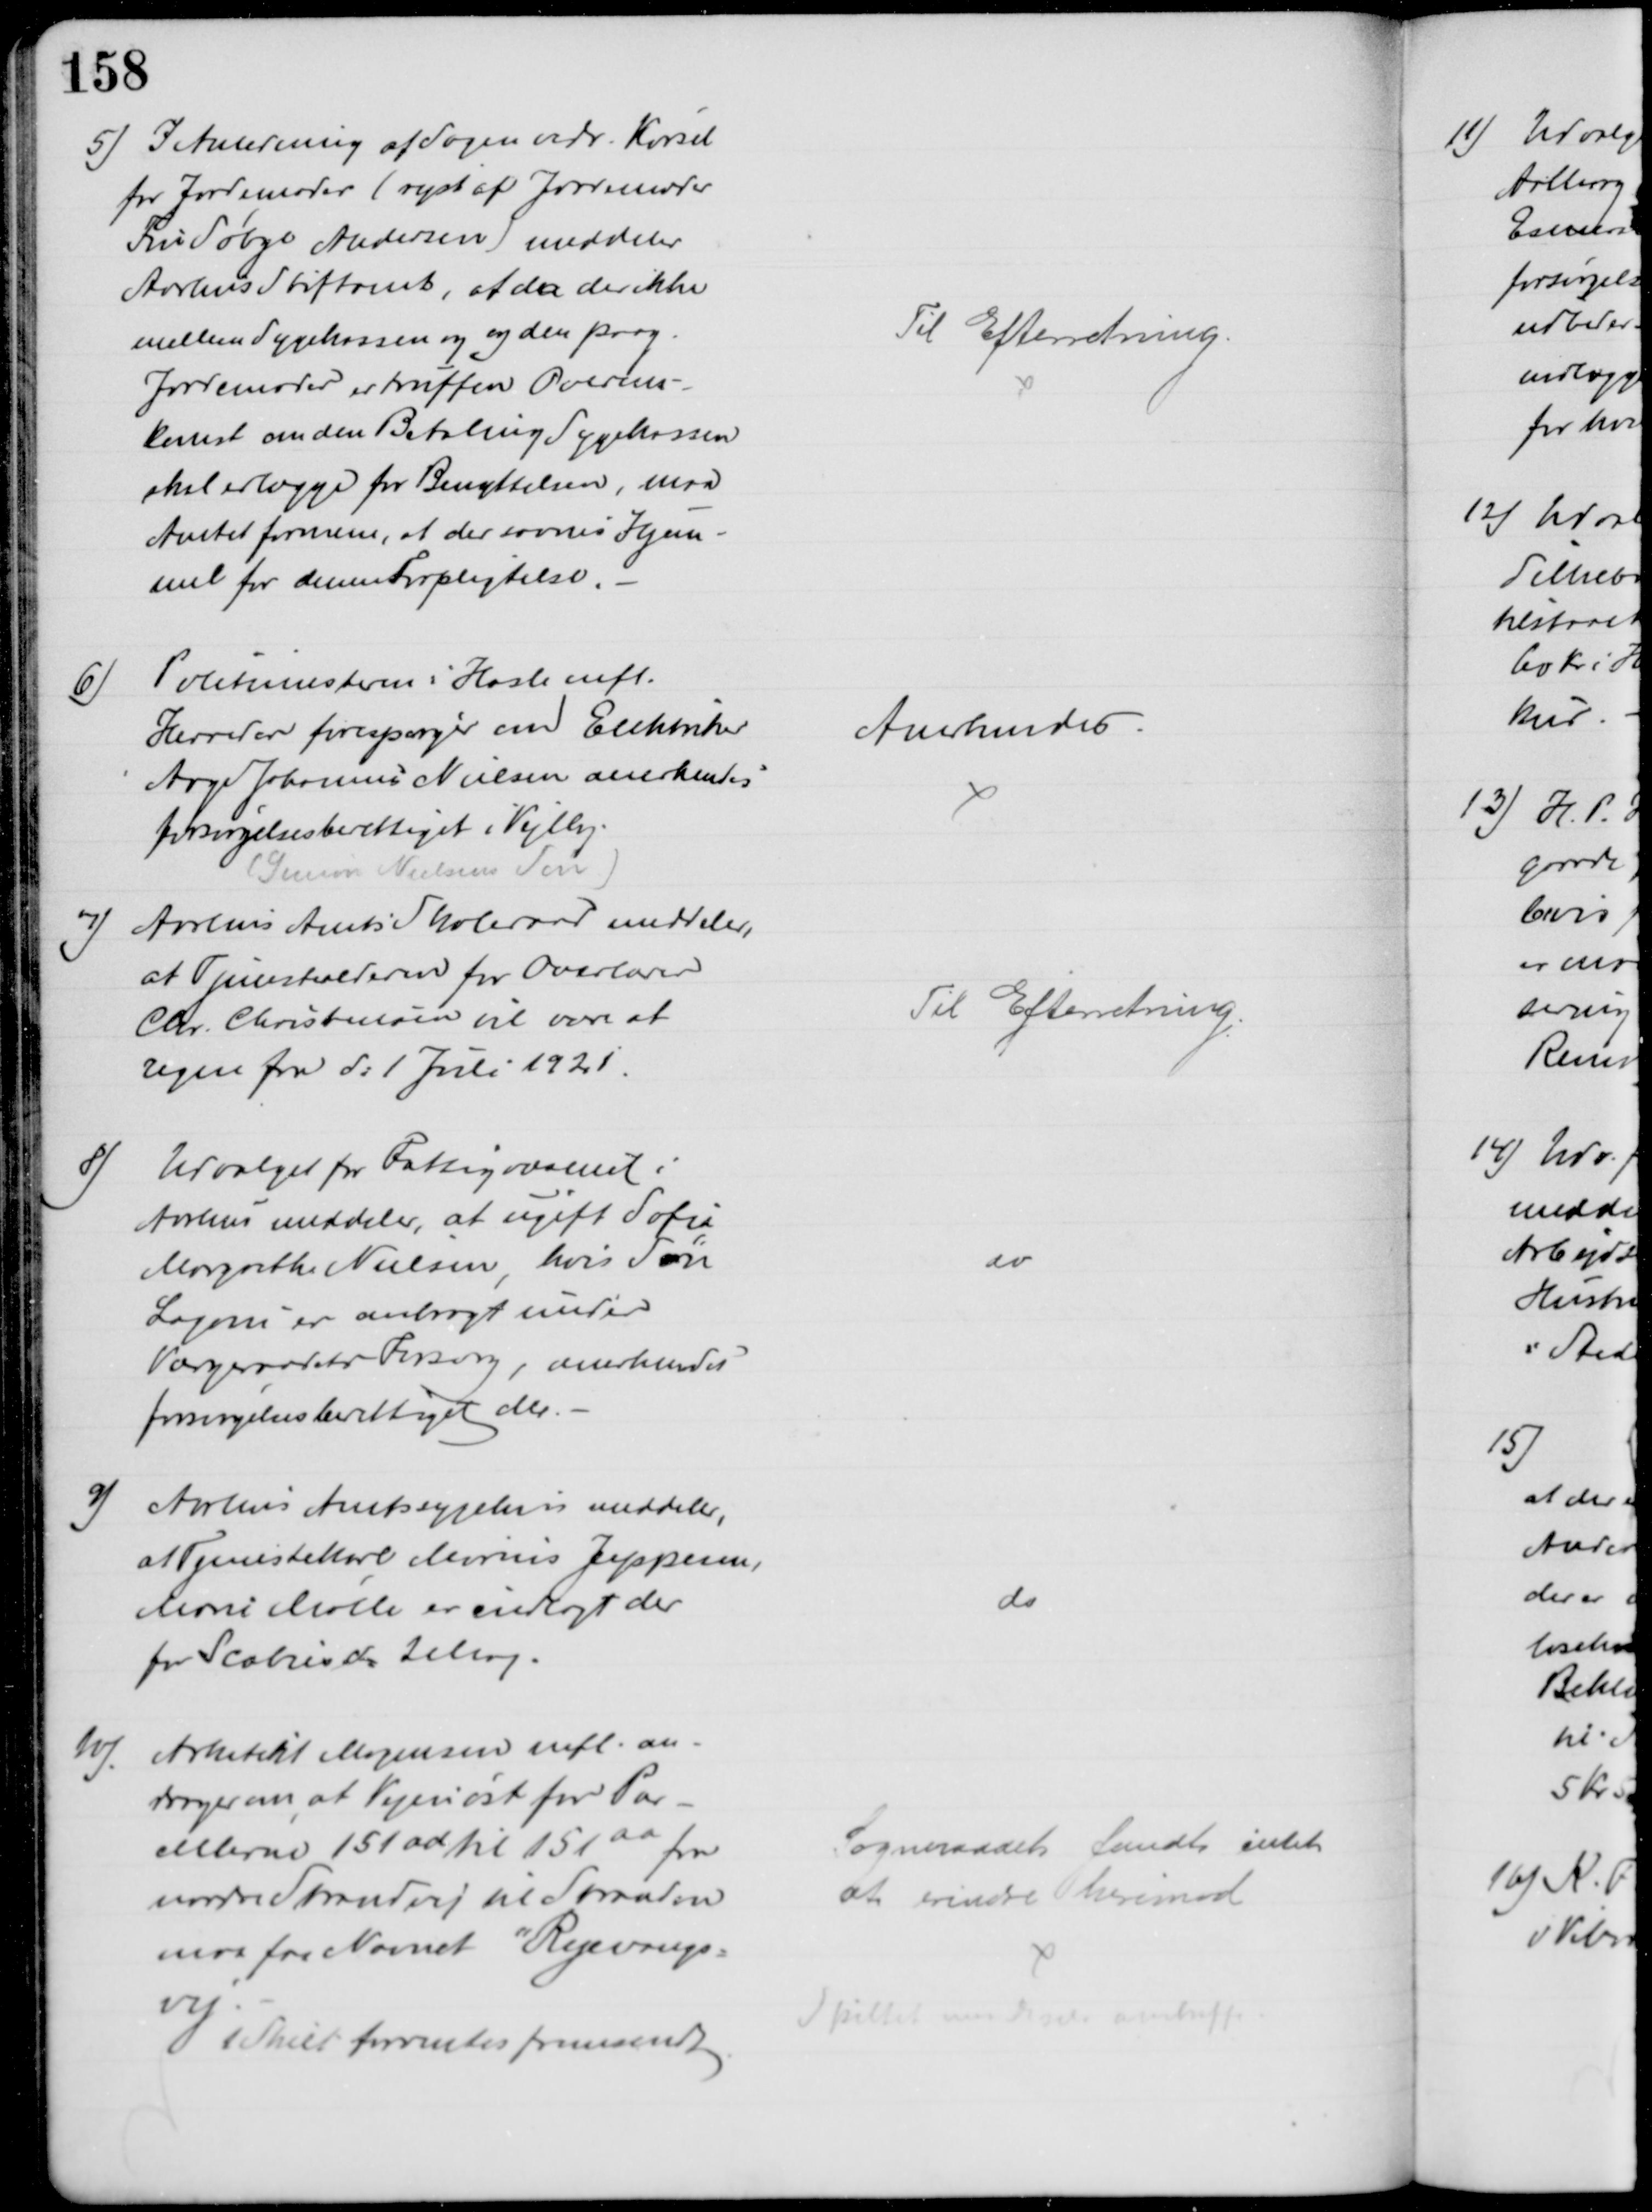
Transskription:
5) I Anledning af Sagen vedr. Kørsel
for Jordemoder (rejst af Jordemoder
Fru Søbye Andersen) meddeler
Aarhus Stiftamt, at da der ikke
mellem Sygekassen og og den paag.
Jordemoder er truffen Overens-
komst om den Betaling Sygekassen
skal erlægge for Benyttelsen, maa
Amtet formene, at der savnes Hjem-
mel for denne Forpligtelse
Til Efterretning.
6)
Politimesteren i Hasle mfl.
Herreder forespørger om Elektriker
Aage Johannes Nielsen anerkendes
forsørgelsesberettiget i Vejlby.
(Simon Nielsens Søn)
Anerkendes
7)
Aarhus Amts Skoleraad meddeler,
at Tjenestealderen for Overlærer
Chr. Christensen til være at
regne fra d: 1 Juli 1921
Til Efterretning
8)
Udvalget for Fattigvæsenet i
Aarhus meddeler, at ugift Sofie
Margrethe Nielsen, hvis Søn
Lagoni er anbragt under
Værgeraadets Forsorg, anerkendes
forsørgelsesberettiget der.
do
9)
Aarhus Amtssygehus meddeler,
at Tjenestekarl Marius Jeppesen,
Marie Mølle er indlagt der
for Scabies d: 2 Maj
do
10)
Arkitekt Mogensen mfl. an-
drager om, at Vejen øst for Par-
cellerne 151ad til 151aa fra
nordre Strandvej til Stranden
maa faa Navnet "Ryevangs=
vej
1 Skilt forventes fremsendt
Sogneraadet fandt intet
at erindre herimod 
Skiltet maa de selv anskaffe